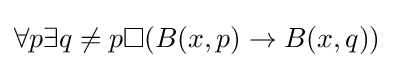
\forall p\exists q\neq p\Box (B(x,p)\rightarrow B(x,q))